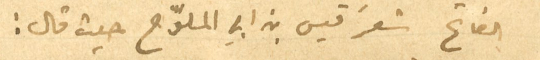
الفاتح شعرَ قيس بن ابي الملوّح حيث قال: